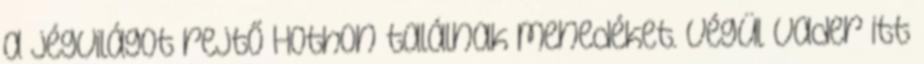
a jégvilágot rejtő Hothon találnak menedéket. Végül Vader itt